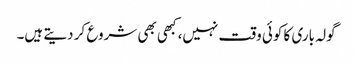
گولہ باری کا کوئی وقت نہیں، کبھی بھی شروع کر دیتے ہیں۔